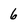
Character: 6